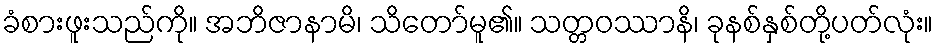
ခံစားဖူးသည်ကို။ အဘိဇာနာမိ၊ သိတော်မူ၏။ သတ္တဝဿာနိ၊ ခုနစ်နှစ်တို့ပတ်လုံး။